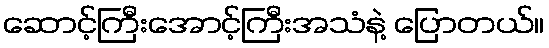
ဆောင့်ကြီးအောင့်ကြီးအသံနဲ့ ပြောတယ်။